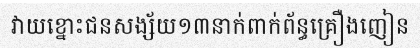
វាយខ្នោះជនសង្ស័យ១៣នាក់ពាក់ព័ន្ធគ្រឿងញៀន